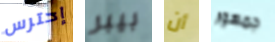
إحترس بيبر أن جمهور